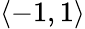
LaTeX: \langle-1,1\rangle